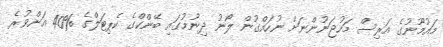
މައުމޫނުގެ އަރިސް މަހުޖަނުންނަށް ނުހައްގުން ލޯނު ދިނުމުގައި ބޭންކްގެ ކެޕިޓަލްގެ %40 އަށްވުރެ